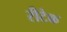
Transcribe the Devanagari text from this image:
रीटेक